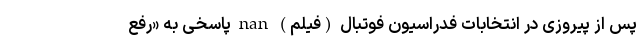
پس از پیروزی در انتخابات فدراسیون فوتبال (فیلم) nan پاسخی به «رفع